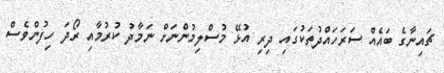
ޗައިނާގެ ބައެއް ސަރަހައްދުތަކުގައި ދިރި އުޅޭ މުސްލިމުންނަށް ނަމާދު ކުރުމާއި ރޯދަ ހިފުންވެސް